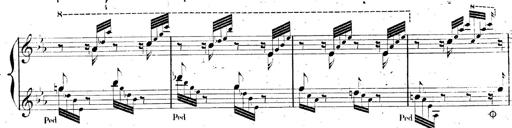
Title: AnnÃ©es de pÃ¨lerinage II, SupplÃ©ment
Composer: Franz Liszt